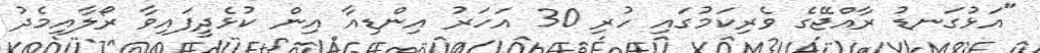
"އަޅުގަނޑު ރާއްޖޭގެ ވެރިކަމުގައި ހުރި 30 އަހަރު އިންޑިއާ އިން ކުޅެދީފައިވާ ރޯލާއިމެދު